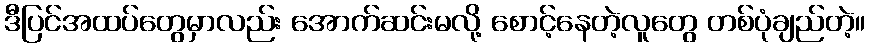
ဒီပြင်အထပ်တွေမှာလည်း အောက်ဆင်းမလို့ စောင့်နေတဲ့လူတွေ တစ်ပုံချည်တဲ့။